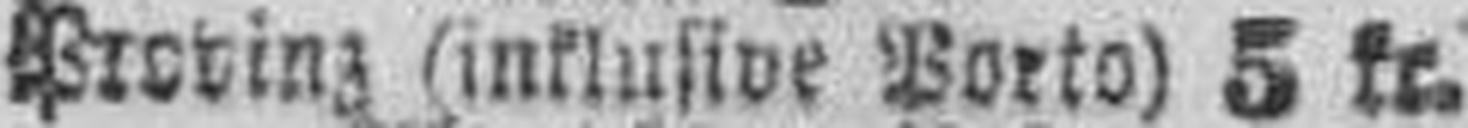
Provinz (inklusive Porto) 5 kr.